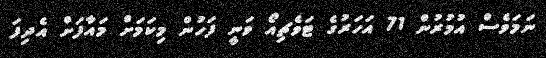
ނަމަވެސް އުމުރުން 71 އަހަރުގެ ޓަވެޗިއޯ ވަނީ ފަހުން މިކަމަށް މައާފަށް އެދިފަ